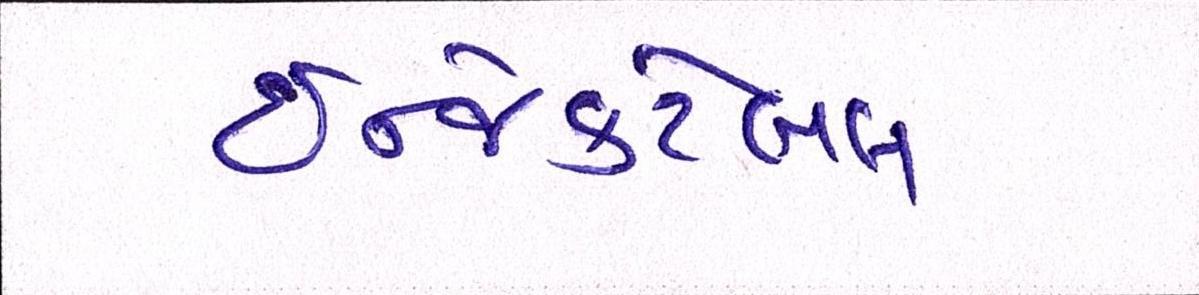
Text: ઇન્જેક્ટેબલ